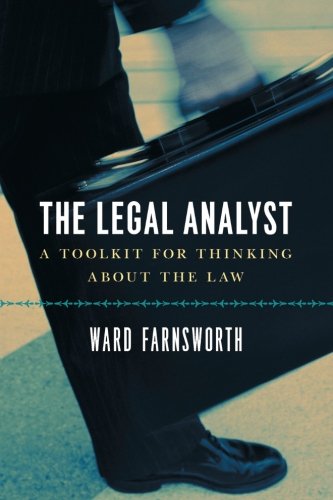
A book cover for The Legal Analyst: A Toolkit for Thinking about the Law; Ward Farnsworth; Law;